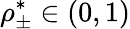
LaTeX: \rho_{\pm}^{*}\in(0,1)